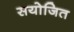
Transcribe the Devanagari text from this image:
सयोजित